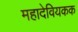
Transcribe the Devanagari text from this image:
महादेवियकक